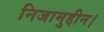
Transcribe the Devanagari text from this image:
निजामुद्दीन।